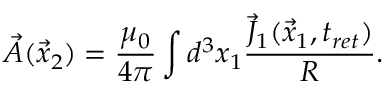
\vec { A } ( \vec { x } _ { 2 } ) = \frac { \mu _ { 0 } } { 4 \pi } \int d ^ { 3 } x _ { 1 } \frac { \vec { J } _ { 1 } ( \vec { x } _ { 1 } , t _ { r e t } ) } { R } .